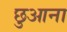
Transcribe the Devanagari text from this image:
छुआना